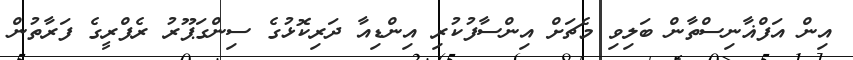
އިން އަފްޣާނިސްތާން ބަލިވި މެޗަށް އިންސާފުކުރި އިންޑިއާ ދަރިކޮޅުގެ ސިންގަޕޫރު ރެފްރީގެ ފަރާތުން